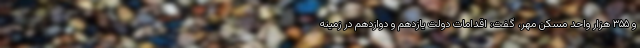
و ۳۵۵ هزار واحد مسکن مهر، گفت: اقدامات دولت یازدهم و دوازدهم در زمینه